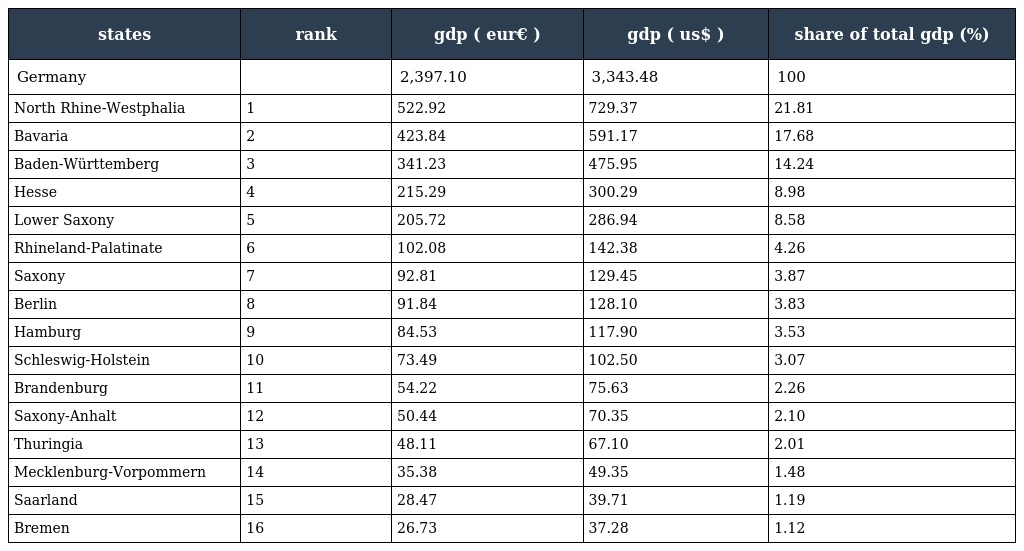
| states | rank | gdp ( eur€ ) | gdp ( us$ ) | share of total gdp (%) |
 | --- | --- | --- | --- | --- |
 | Germany |  | 2,397.10 | 3,343.48 | 100 |
 | North Rhine-Westphalia | 1 | 522.92 | 729.37 | 21.81 |
 | Bavaria | 2 | 423.84 | 591.17 | 17.68 |
 | Baden-Württemberg | 3 | 341.23 | 475.95 | 14.24 |
 | Hesse | 4 | 215.29 | 300.29 | 8.98 |
 | Lower Saxony | 5 | 205.72 | 286.94 | 8.58 |
 | Rhineland-Palatinate | 6 | 102.08 | 142.38 | 4.26 |
 | Saxony | 7 | 92.81 | 129.45 | 3.87 |
 | Berlin | 8 | 91.84 | 128.10 | 3.83 |
 | Hamburg | 9 | 84.53 | 117.90 | 3.53 |
 | Schleswig-Holstein | 10 | 73.49 | 102.50 | 3.07 |
 | Brandenburg | 11 | 54.22 | 75.63 | 2.26 |
 | Saxony-Anhalt | 12 | 50.44 | 70.35 | 2.10 |
 | Thuringia | 13 | 48.11 | 67.10 | 2.01 |
 | Mecklenburg-Vorpommern | 14 | 35.38 | 49.35 | 1.48 |
 | Saarland | 15 | 28.47 | 39.71 | 1.19 |
 | Bremen | 16 | 26.73 | 37.28 | 1.12 |